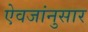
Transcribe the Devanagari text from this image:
ऐवजांनुसार